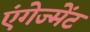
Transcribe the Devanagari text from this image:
एंगेज्मेंट